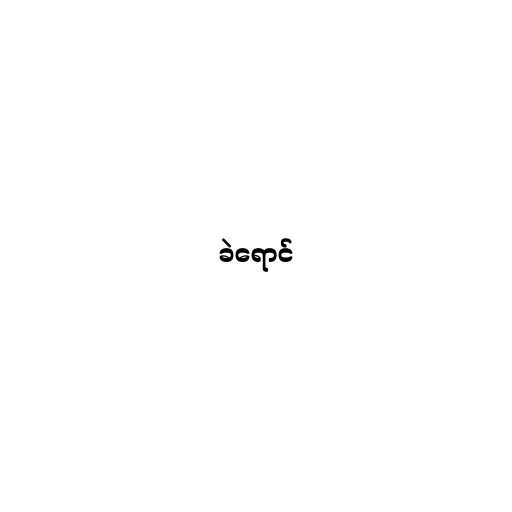
ခဲရောင်